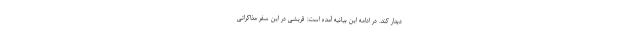
دیدار کند. در ادامه این بیانیه آمده است: قریشی در این سفر مذاکراتی